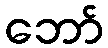
ဘော်